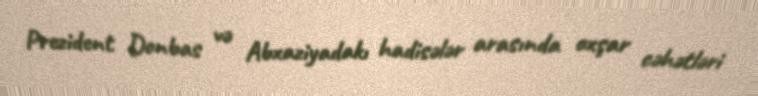
Prezident Donbas və Abxaziyadakı hadisələr arasında oxşar cəhətləri